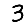
Digit: 3